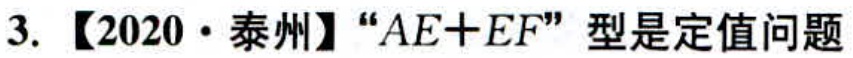
3.【2020·泰州】“\(AE + EF\)”型是定值问题